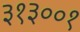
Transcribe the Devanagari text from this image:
३१३००१